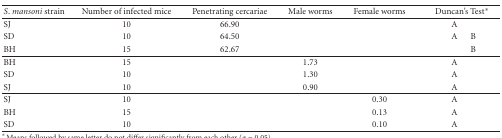
<table><thead><tr><td><b><i>S</i>. <i>mansoni</i> strain</b></td><td><b>Number of infected mice</b></td><td><b>Penetrating cercariae</b></td><td><b>Male worms</b></td><td><b>Female worms</b></td><td colspan="2"><b>Duncan&#x27;s Test*</b></td></tr></thead><tbody><tr><td>SJ</td><td>10</td><td>66.90</td><td> </td><td> </td><td>A</td><td> </td></tr><tr><td>SD</td><td>10</td><td>64.50</td><td> </td><td> </td><td>A</td><td>B</td></tr><tr><td>BH</td><td>15</td><td>62.67</td><td> </td><td> </td><td> </td><td>B</td></tr><tr><td>BH</td><td>15</td><td> </td><td>1.73</td><td> </td><td>A</td><td> </td></tr><tr><td>SD</td><td>10</td><td> </td><td>1.30</td><td> </td><td>A</td><td> </td></tr><tr><td>SJ</td><td>10</td><td> </td><td>0.90</td><td> </td><td>A</td><td> </td></tr><tr><td>SJ</td><td>10</td><td> </td><td> </td><td>0.30</td><td>A</td><td> </td></tr><tr><td>BH</td><td>15</td><td> </td><td> </td><td>0.13</td><td>A</td><td> </td></tr><tr><td>SD</td><td>10</td><td> </td><td> </td><td>0.10</td><td>A</td><td> </td></tr></tbody></table>